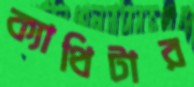
ক্যাথিটার